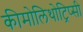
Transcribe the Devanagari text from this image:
कीमोलिथोट्रिप्सी